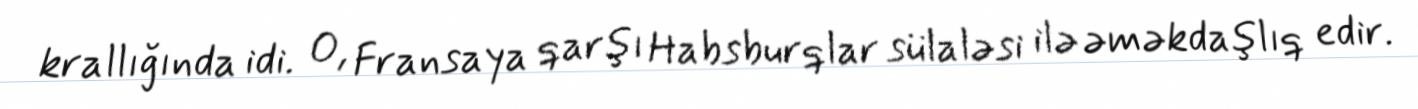
krallığında idi. O, Fransaya qarşı Habsburqlar sülaləsi ilə əməkdaşlıq edir.